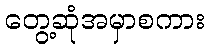
တွေ့ဆုံအမှာစကား